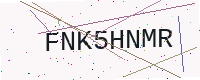
Text: FNK5HNMR